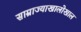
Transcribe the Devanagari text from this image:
साम्राज्याखालोखाल